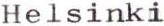
Helsinki